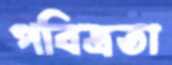
পবিত্রতা